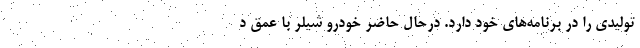
تولیدی را در برنامه‌های خود دارد. درحال‌ حاضر خودرو شیلر با عمق د